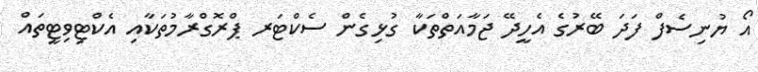
އޯ ޔުނިސެފް ފަދަ ބޭރުގެ އެހީދޭ ޖަމާއަތްތަކާ ގުޅިގެން ސެކްޓަރ ޕްރޮގްރާމުތަކާއި އެކްޓިވިޓީތައް